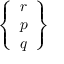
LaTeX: \left\{ { \begin{array} { l } { r } \\ { p } \\ { q } \end{array} } \right\}